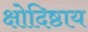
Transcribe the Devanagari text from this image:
क्षोदिष्ठाय